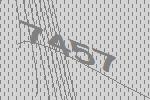
7457